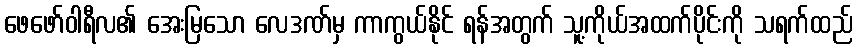
ဖေဖော်ဝါရီလ၏ အေးမြသော လေဒဏ်မှ ကာကွယ်နိုင် ရန်အတွက် သူ့ကိုယ်အထက်ပိုင်းကို သရက်ထည်